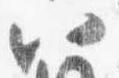
八